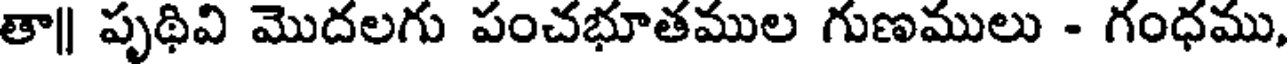
తా|| పృథివి మొదలగు పంచభూతముల గుణములు - గంధము,